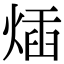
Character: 𤊿